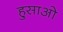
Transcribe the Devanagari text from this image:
हुसाओ